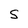
Character: S